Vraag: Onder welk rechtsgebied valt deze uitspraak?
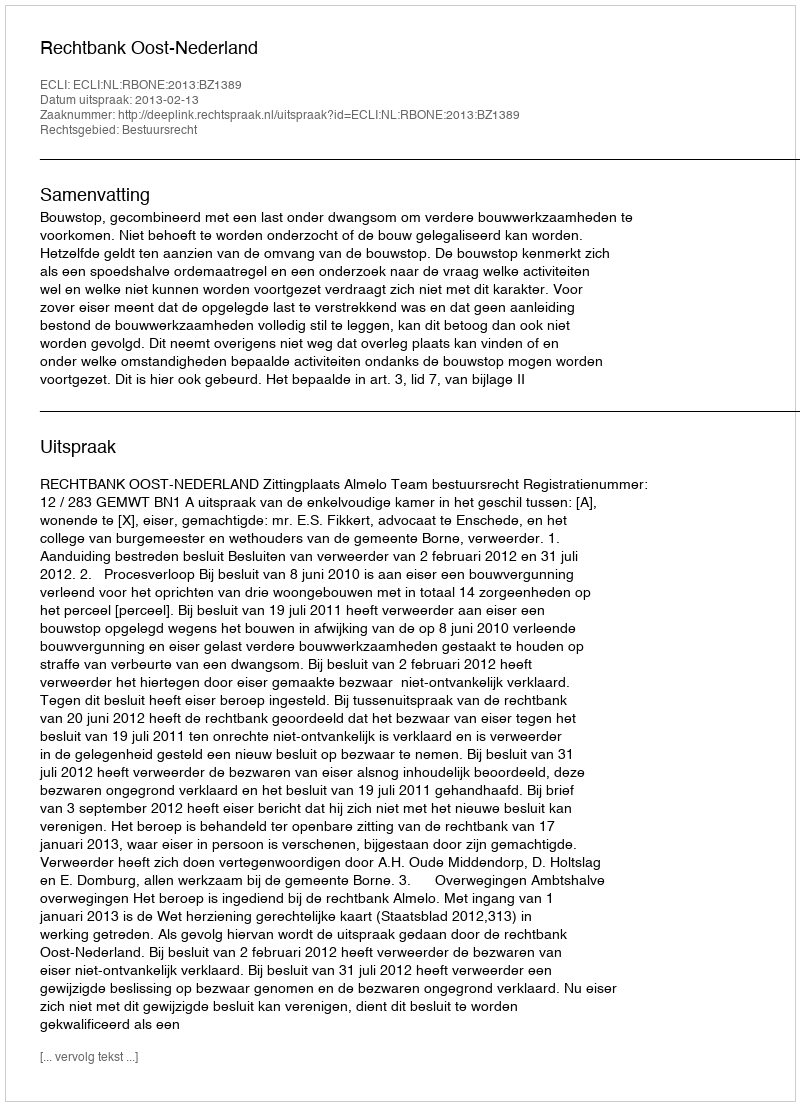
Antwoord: Bestuursrecht